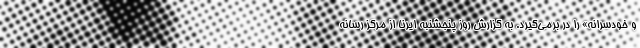
و خودسرانه» را در برمی‌گیرد. به گزارش روز پنجشنبه ایرنا از مرکز رسانه